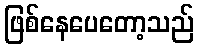
ဖြစ်နေပေတော့သည်